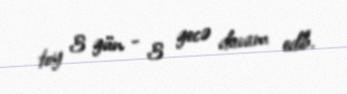
toy 3 gün - 3 gecə davam edib.